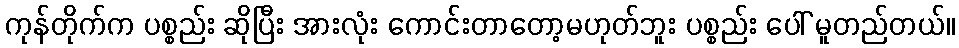
ကုန်တိုက်က ပစ္စည်း ဆိုပြီး အားလုံး ကောင်းတာတော့မဟုတ်ဘူး ပစ္စည်း ပေါ် မူတည်တယ်။